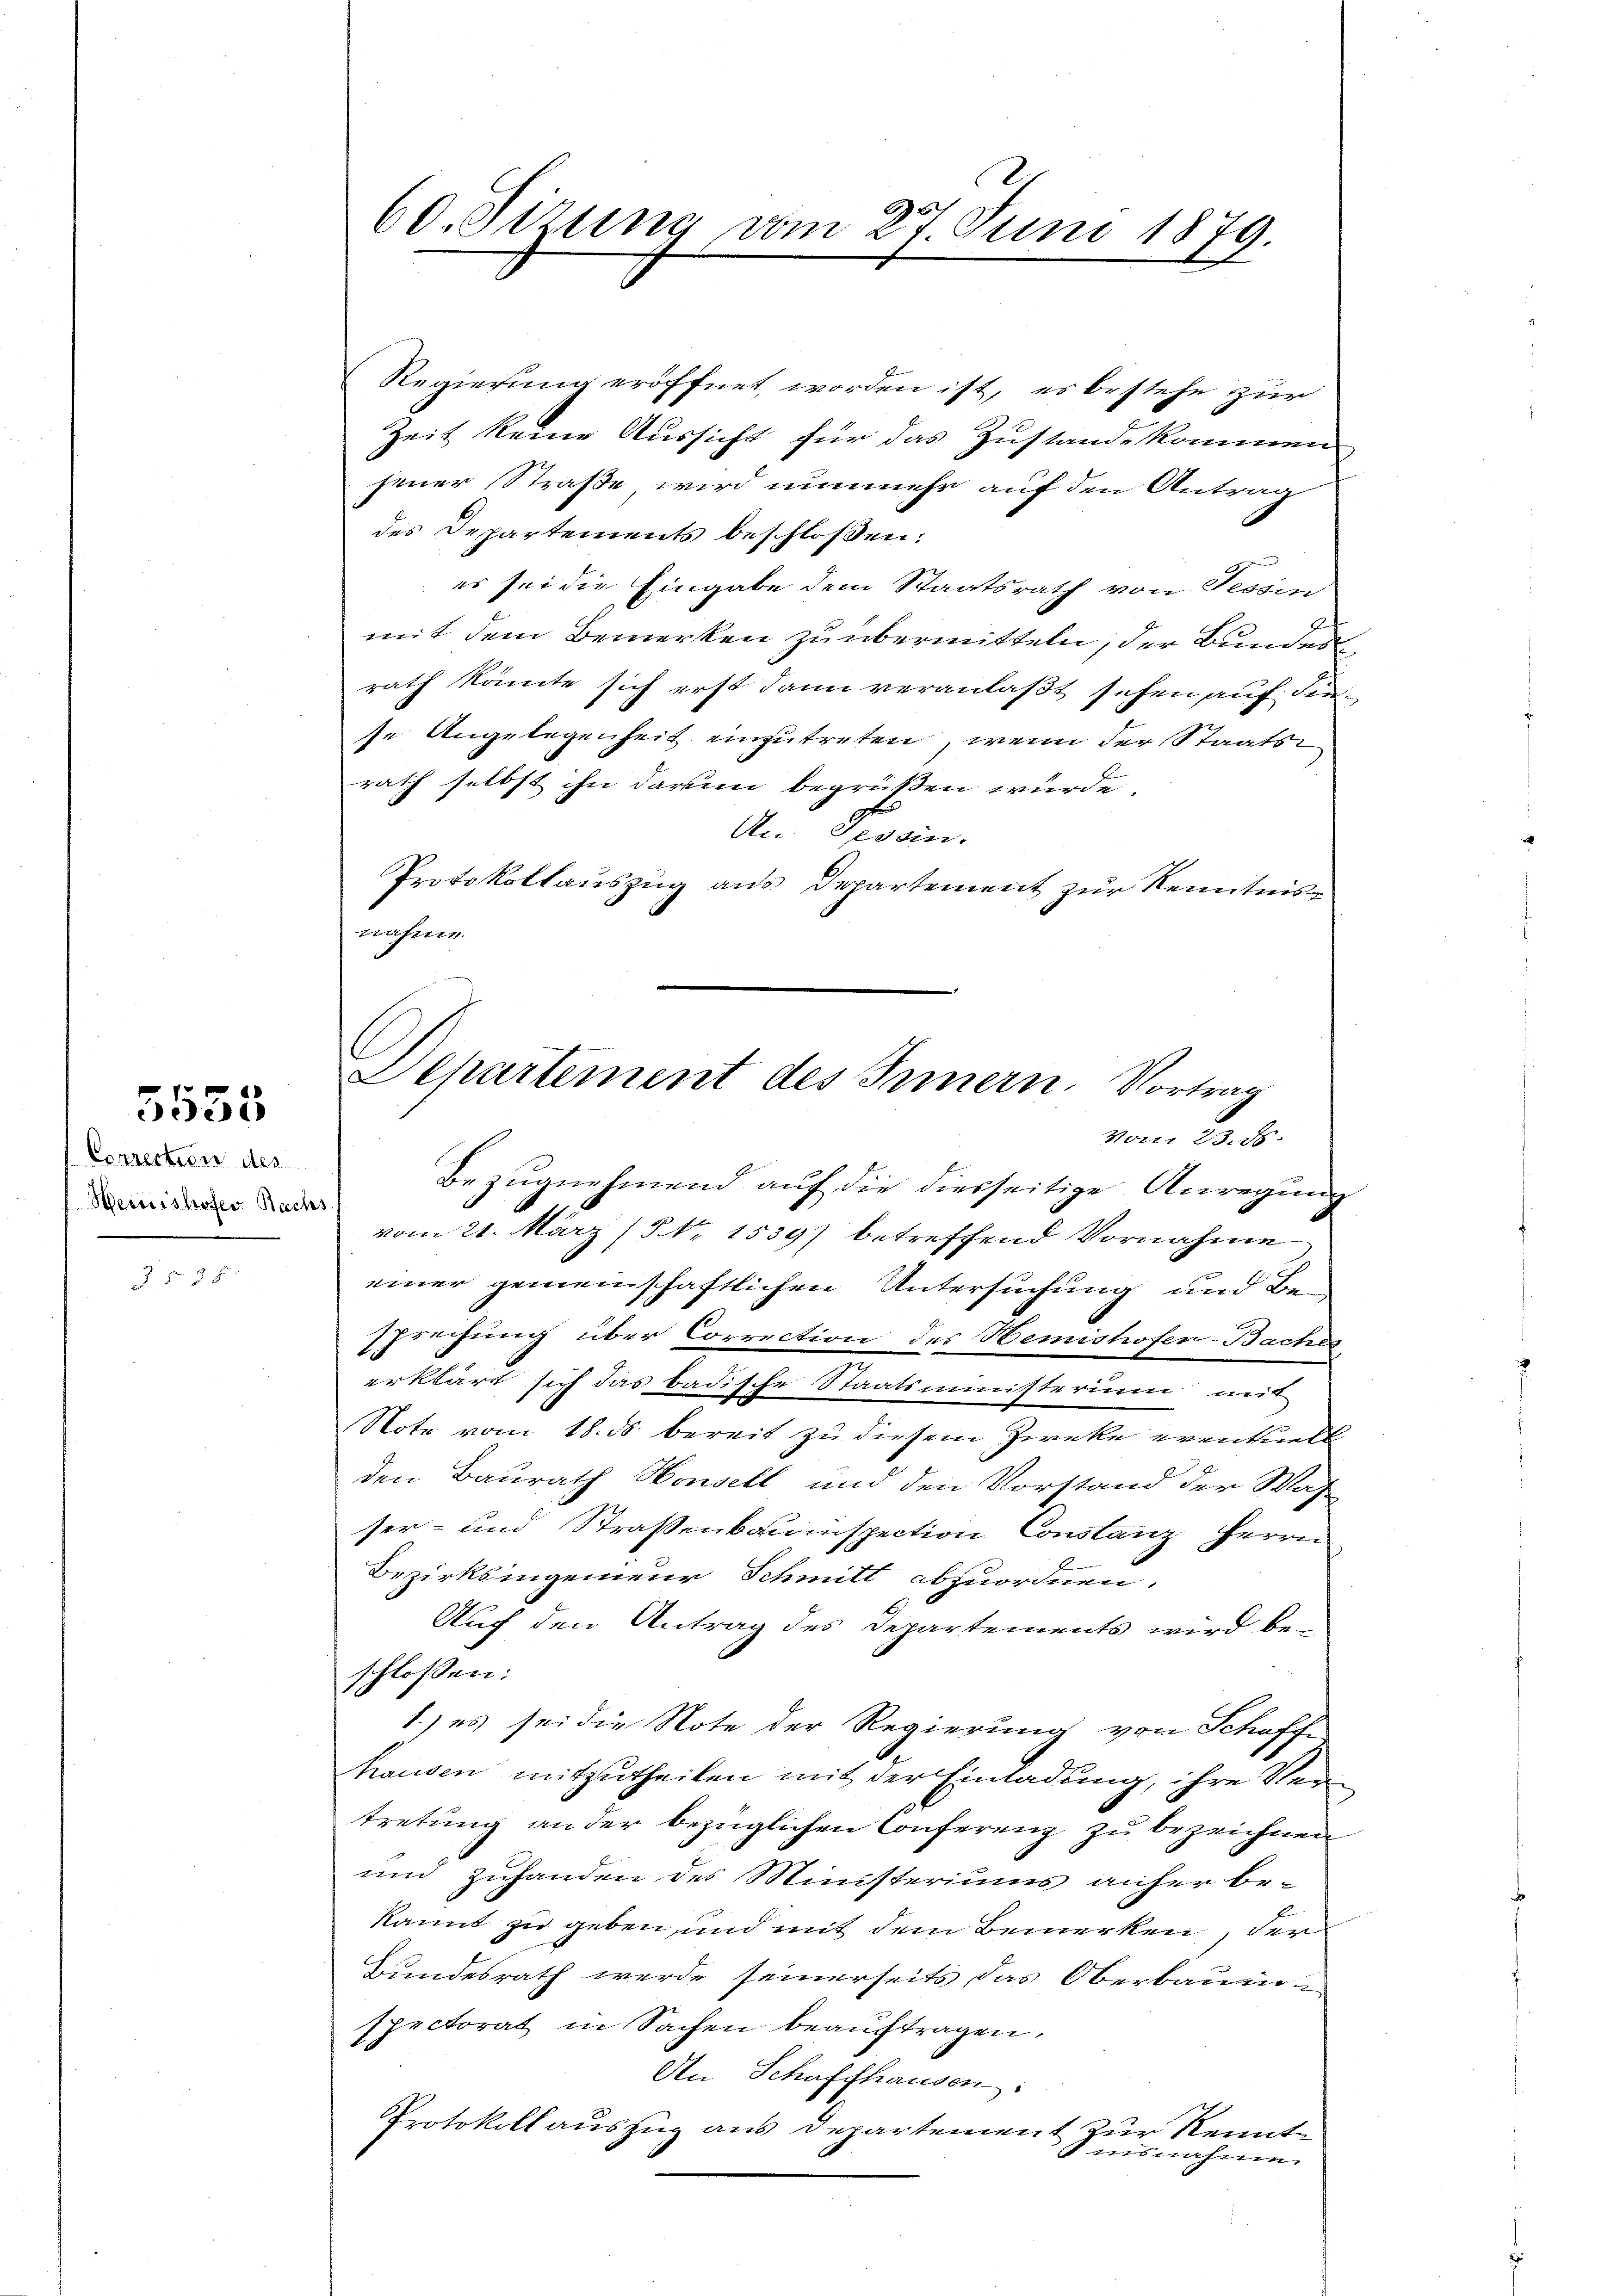
Correction des
Heiciishofer Bach

5555

2 Fr. 3 f.

60. Sizung vom 27. Juni 1879
x

Regierung eröffnet worden ist, es bestehe zur
Zeit keine Aussicht für das Zustande kommen,
jener Straße wird nunmehr auf den Antrag
des Departements beschloßen:
es sei die Eingabe dem Staatsrath von Tessin
mit dem Bemerken zu übermitteln, der Bunden
rath könte sich erst dann veranlaßt sehen auf diese Angelegenheit einzutreten, wenn der Staatsrath selbst ihn darum begrüßen wurde.
An Tessin.
Protokollauszug aus Departement zur Kenntnisnahme.
Bezugnehmend auf die diesseitige Anregung
vom 21. März (Nr. 1539) betreffend Vornahme
einer gemeinschaftlichen Untersuchung und Be-
sprechung über Correction des Hemishofer-Baches
erklärt sich das badische Staatsministerium mit
Note vom 18. ds. bereit zu diesem Zwecke eventundt
den Baurath Honsell und den Vorstand der Wah
ser- und Strassenbauinspection Constanz, Herrn
Bezirksingenieur Schmitt abzuordnen.
Auch den Antrag des Departements wird beschlossen:
1) es sei die Note der Regierung von Schaff-
hausen mitzutheilen mit der Einladung, ihre Vertretung an der bezüglichen Conferenz zu bezeichnen
und zuhanden des Ministeriums anher bekannt zu geben, und mit dem Bemerken, der
Bundesrath werde seinerseits das Oberbaum
spectorat in Sachen beauftragen.
An Schaffhausen:
Protokollauszug aus Departement zur Kenntinsnahme.

Departement des Innern. Vortrag
Vom 23. ds.